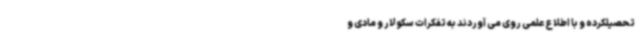
تحصیلکرده و با اطلاع علمی روی می آوردند به تفکرات سکولار و مادی و